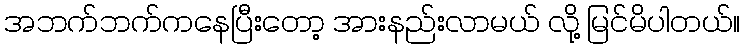
အဘက်ဘက်ကနေပြီးတော့ အားနည်းလာမယ် လို့ မြင်မိပါတယ်။